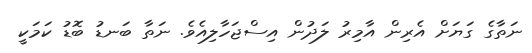
ނަތާގެ ގަޔަށް އެރިން އާމިރު ލަދުން އިސްޖަހާލިއެވެ. ނަތާ ބަނޑު ބޮޑު ކަމަކީ